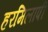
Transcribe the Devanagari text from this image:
हरमिलापी